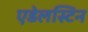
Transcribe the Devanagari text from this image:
एडेलस्टिन